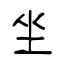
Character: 坐